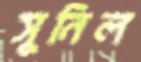
সুনিল